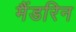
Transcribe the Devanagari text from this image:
मैंडरिन